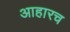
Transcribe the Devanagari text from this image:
आहारच